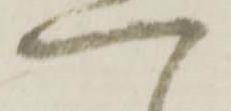
へ